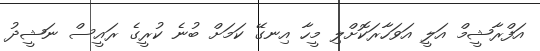
އަފްރާޝީމް އަލީ އަވަހާރަކޮށްލި މީހާ އިނގޭ ކަމަށް ބުނެ ކުރީގެ ރައީސް ނަޝީދު